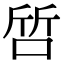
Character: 啠